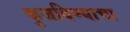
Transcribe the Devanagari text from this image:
कुजविण्याचा